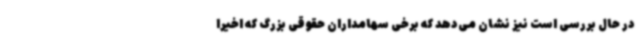
در حال بررسی است نیز نشان می‌دهد که برخی سهامداران حقوقی بزرگ که اخیرا